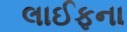
લાઈફના